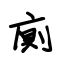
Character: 廁